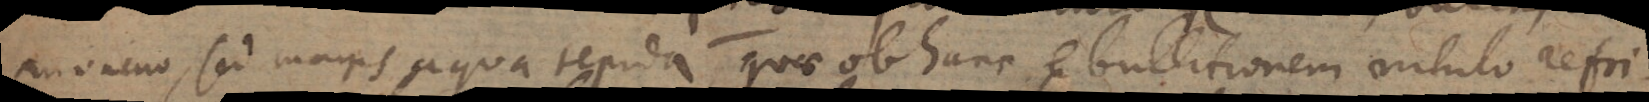
in vacuo, sed magis aqua tepida, quae ob hanc ebullitionem nihilo refri-